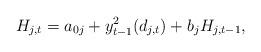
LaTeX: \begin{align*}H_{j,t}=a_{0j}+y^2_{t-1}(d_{j,t})+b_jH_{j,t-1},\end{align*}